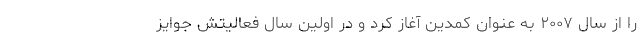
را از سال ۲۰۰۷ به عنوان کمدین آغاز کرد و در اولین سال فعالیتش جوایز